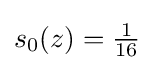
s_{0}(z)={\tfrac {1}{16}}